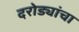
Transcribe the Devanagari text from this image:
दरोड्यांचा